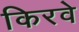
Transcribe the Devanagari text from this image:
किरवे